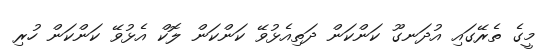
މީގެ ތެރޭގައި އުދަނގޫ ކަންކަން ދަތިއެޅުވޭ ކަންކަން ލޮކް އެޅުވޭ ކަންކަން ހުރި